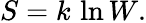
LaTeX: S=k\, \ln W.